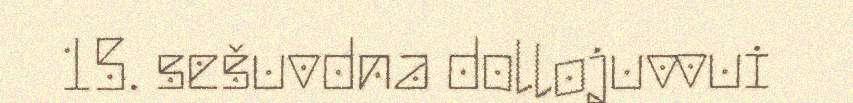
15. sešuvdna dollojuvvui